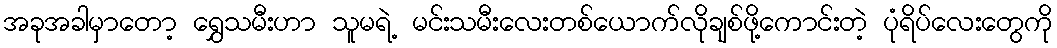
အခုအခါမှာတော့ ရွှေသမီးဟာ သူမရဲ့ မင်းသမီးလေးတစ်ယောက်လိုချစ်ဖို့ကောင်းတဲ့ ပုံရိပ်လေးတွေကို